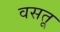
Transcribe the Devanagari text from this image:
वसतू